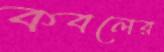
কবলের